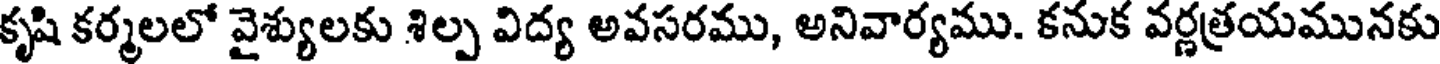
కృషి కర్మలలో వైశ్యులకు శిల్ప విద్య అవసరము, అనివార్యము. కనుక వర్ణత్రయమునకు